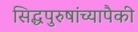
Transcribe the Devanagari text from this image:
सिद्धपुरुषांच्यापैकी